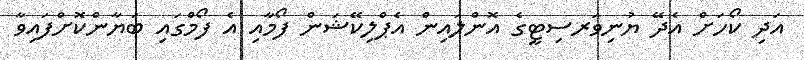
އަދި ކޯހަށް އެދޭ ޔުނިވަރސިޓީގެ އޮންލައިން އެޕްލިކޭޝަން ފޯމާއި އެ ފޯމްގައި ބަޔާންކޮށްފައިވާ